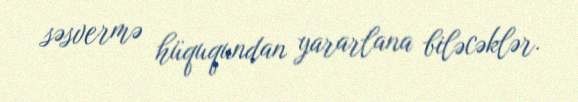
səsvermə hüququndan yararlana biləcəklər.